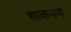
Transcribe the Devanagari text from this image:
शाकमय